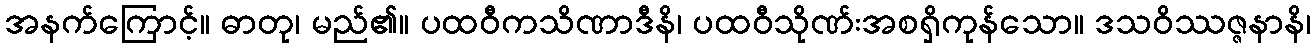
အနက်ကြောင့်။ ဓာတု၊ မည်၏။ ပထဝီကသိဏာဒီနိ၊ ပထဝီသိုဏ်းအစရှိကုန်သော။ ဒသဝိဿဇ္ဇနာနိ၊